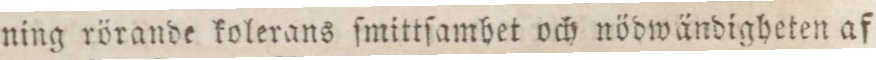
ning rörande kolerans ſmittſamhet och nödwändigheten af